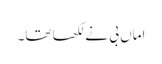
اماں بی نے لکھا تھا۔